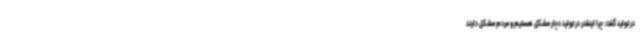
در تولید گفت: چرا اینقدر در تولید دچار مشکل هستیم و مردم مشکل دارند